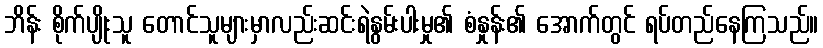
ဘိန်း စိုက်ပျိုးသူ တောင်သူများမှာလည်းဆင်းရဲနွမ်းပါးမှု၏ စံနှုန်း၏ အောက်တွင် ရပ်တည်နေကြသည်။